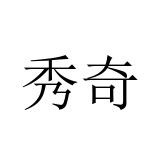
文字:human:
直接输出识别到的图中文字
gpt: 秀奇